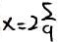
x = 2 \frac { 5 } { 9 }